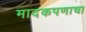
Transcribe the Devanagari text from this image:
मादकपणाचा